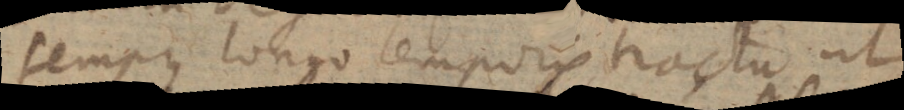
tempus longo temporis tractu ut